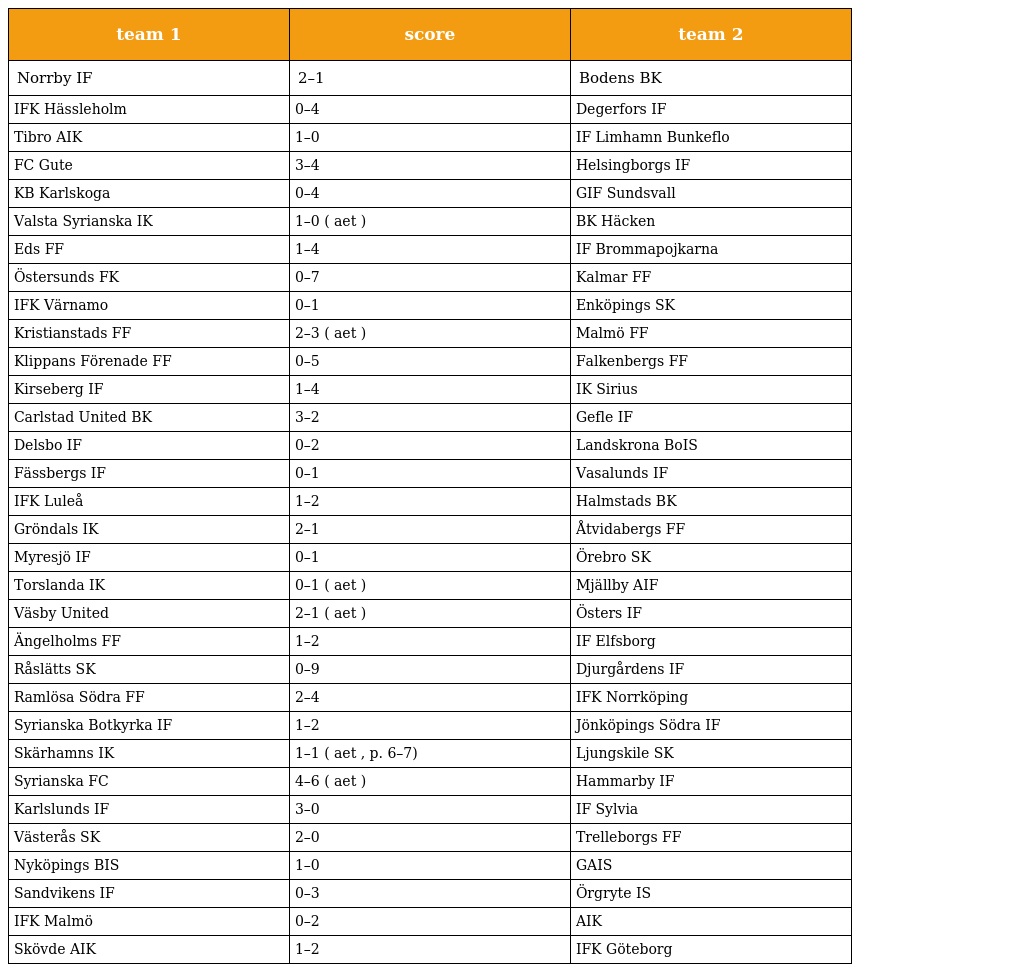
| team 1 | score | team 2 |
 | --- | --- | --- |
 | Norrby IF | 2–1 | Bodens BK |
 | IFK Hässleholm | 0–4 | Degerfors IF |
 | Tibro AIK | 1–0 | IF Limhamn Bunkeflo |
 | FC Gute | 3–4 | Helsingborgs IF |
 | KB Karlskoga | 0–4 | GIF Sundsvall |
 | Valsta Syrianska IK | 1–0 ( aet ) | BK Häcken |
 | Eds FF | 1–4 | IF Brommapojkarna |
 | Östersunds FK | 0–7 | Kalmar FF |
 | IFK Värnamo | 0–1 | Enköpings SK |
 | Kristianstads FF | 2–3 ( aet ) | Malmö FF |
 | Klippans Förenade FF | 0–5 | Falkenbergs FF |
 | Kirseberg IF | 1–4 | IK Sirius |
 | Carlstad United BK | 3–2 | Gefle IF |
 | Delsbo IF | 0–2 | Landskrona BoIS |
 | Fässbergs IF | 0–1 | Vasalunds IF |
 | IFK Luleå | 1–2 | Halmstads BK |
 | Gröndals IK | 2–1 | Åtvidabergs FF |
 | Myresjö IF | 0–1 | Örebro SK |
 | Torslanda IK | 0–1 ( aet ) | Mjällby AIF |
 | Väsby United | 2–1 ( aet ) | Östers IF |
 | Ängelholms FF | 1–2 | IF Elfsborg |
 | Råslätts SK | 0–9 | Djurgårdens IF |
 | Ramlösa Södra FF | 2–4 | IFK Norrköping |
 | Syrianska Botkyrka IF | 1–2 | Jönköpings Södra IF |
 | Skärhamns IK | 1–1 ( aet , p. 6–7) | Ljungskile SK |
 | Syrianska FC | 4–6 ( aet ) | Hammarby IF |
 | Karlslunds IF | 3–0 | IF Sylvia |
 | Västerås SK | 2–0 | Trelleborgs FF |
 | Nyköpings BIS | 1–0 | GAIS |
 | Sandvikens IF | 0–3 | Örgryte IS |
 | IFK Malmö | 0–2 | AIK |
 | Skövde AIK | 1–2 | IFK Göteborg |